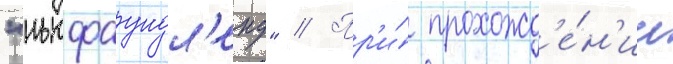
"ньюфаундл'енд" // Пр'и́ прохожд'е́н'ии